Scientific memoirs by medical officers of the Army of India - Part I,
Year: 1884
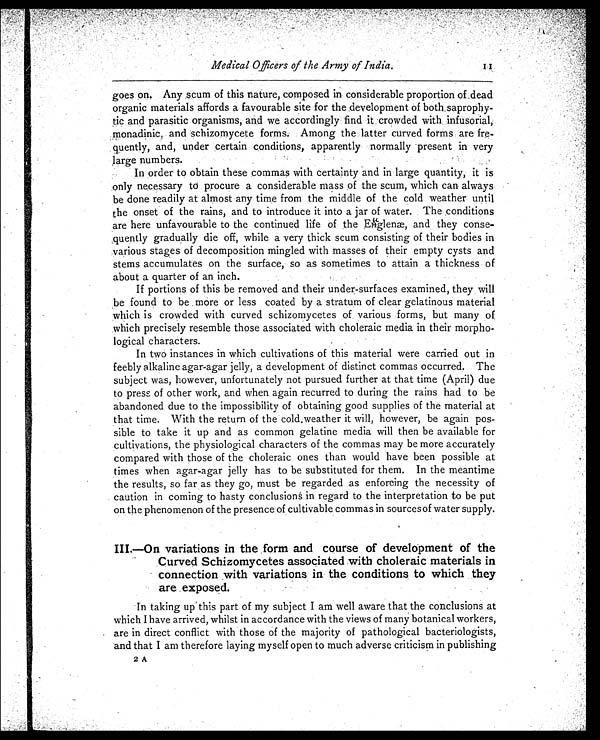
Medical Officers of the Army of India.
goes on. Any scum of this nature, composed in considerable proportion of dead
organic materials affords a favourable site for the development of both saprophy
-tic and parasitic organisms, and we accordingly find it crowded with infusorial,
monadinic, and schizomycete forms. Among the latter curved forms are fre
-quently, and, under certain conditions, apparently normally present in very
large
numbers.
In order to obtain these commas with certainty and in large quantity, it is
only necessary to procure a considerable mass of the scum, which can always
be done readily at almost any time from the middle of the cold weather until
the onset of the rains, and to introduce it into a jar of water. The conditions
are here unfavourable to the continued life of the Euglenæ, and they conse
-quently gradually die off, while a very thick scum consisting of their bodies in
various stages of decomposition mingled with masses of their empty cysts and
stems accumulates on the surface, so as sometimes to attain a thickness of
about a quarter of an inch.
If portions of this be removed and their under-surfaces examined, they will
be found to be more or less coated by a stratum of clear gelatinous material
which is crowded with curved schizomycetes of various forms, but many of
which precisely resemble those associated with choleraic media in their morpho
-logical characters.
In two instances in which cultivations of this material were carried out in
feebly alkaline agar-agar jelly, a development of distinct commas occurred. The
subject was, however, unfortunately not pursued further at that time (April) due
to press of other work, and when again recurred to during the rains had to be
abandoned due to the impossibility of obtaining good supplies of the material at
that time. With the return of the cold weather it will, however, be again pos
-sible to take it up and as common gelatine media will then be available for
cultivations, the physiological characters of the commas may be more accurately
compared with those of the choleraic ones than would have been possible at
times when agar-agar jelly has to be substituted for them. In the meantime
the results, so far as they go, must be regarded as enforcing the necessity of
caution in coming to hasty conclusions in regard to the interpretation to be put
on the phenomenon of the presence of cultivable commas in sources of water supply.
I I I . — O n v a r i a t i o n s i n t h e f o r m a n d c o u r s e o f d e v e l o p m e n t o f t h e
Curved Schizomycetes associated with choleraic materials in
connection with variations in the conditions to which they
are exposed.
In taking up this part of my subject I am well aware that the conclusions at
which I have arrived, whilst in accordance with the views of many botanical workers,
are in direct conflict with those of the majority of pathological bacteriologists,
and that I am therefore laying myself open to much adverse criticism in publishing
2A